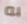
به